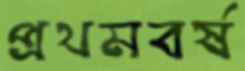
প্রথমবর্ষ